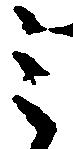
ミ